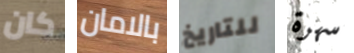
كان بالامان للتاريخ سهرة